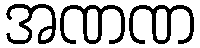
အဏဏ